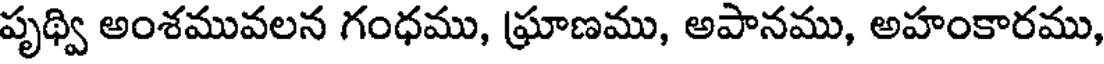
పృథ్వి అంశమువలన గంధము, ఘ్రాణము, అపానము, అహంకారము,